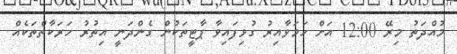
މުއްދަތު މިރޭ 12:00 އަށް ހަމަވާއިރު ގުޅިފައިވާ ޕާޓީތަކުން ގެންދަނީ އިތުރު ހަރަކާތްތަކެއް